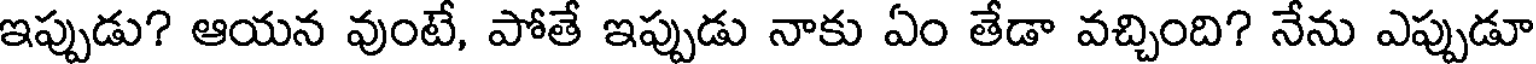
ఇప్పుడు? ఆయన వుంటే, పోతే ఇప్పుడు నాకు ఏం తేడా వచ్చింది? నేను ఎప్పుడూ